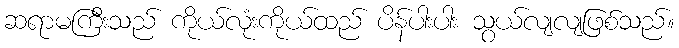
ဆရာမကြီးသည် ကိုယ်လုံးကိုယ်ထည် ပိန်ပါးပါး သွယ်လျလျဖြစ်သည်။